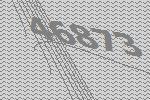
46873